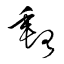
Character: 郵